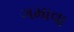
ગમાવા